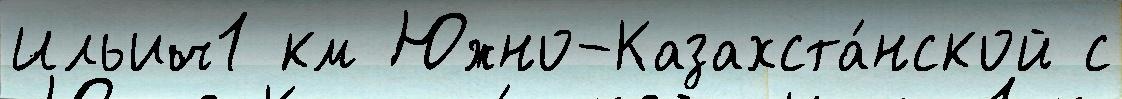
Ильич1 км Южно-Казахста́нской с